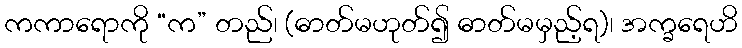
ကကာရောကို “က” တည်၊ (ဓာတ်မဟုတ်၍ ဓာတ်မမှည့်ရ)၊ အက္ခရေဟိ